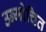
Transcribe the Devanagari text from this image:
उन्मोचित